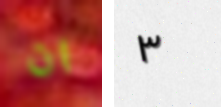
ان ٣